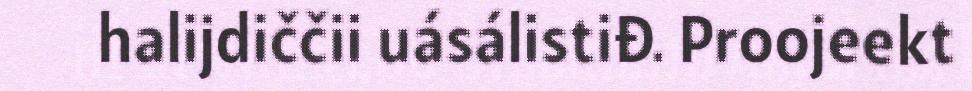
halijdiččii uásálistiđ. Proojeekt